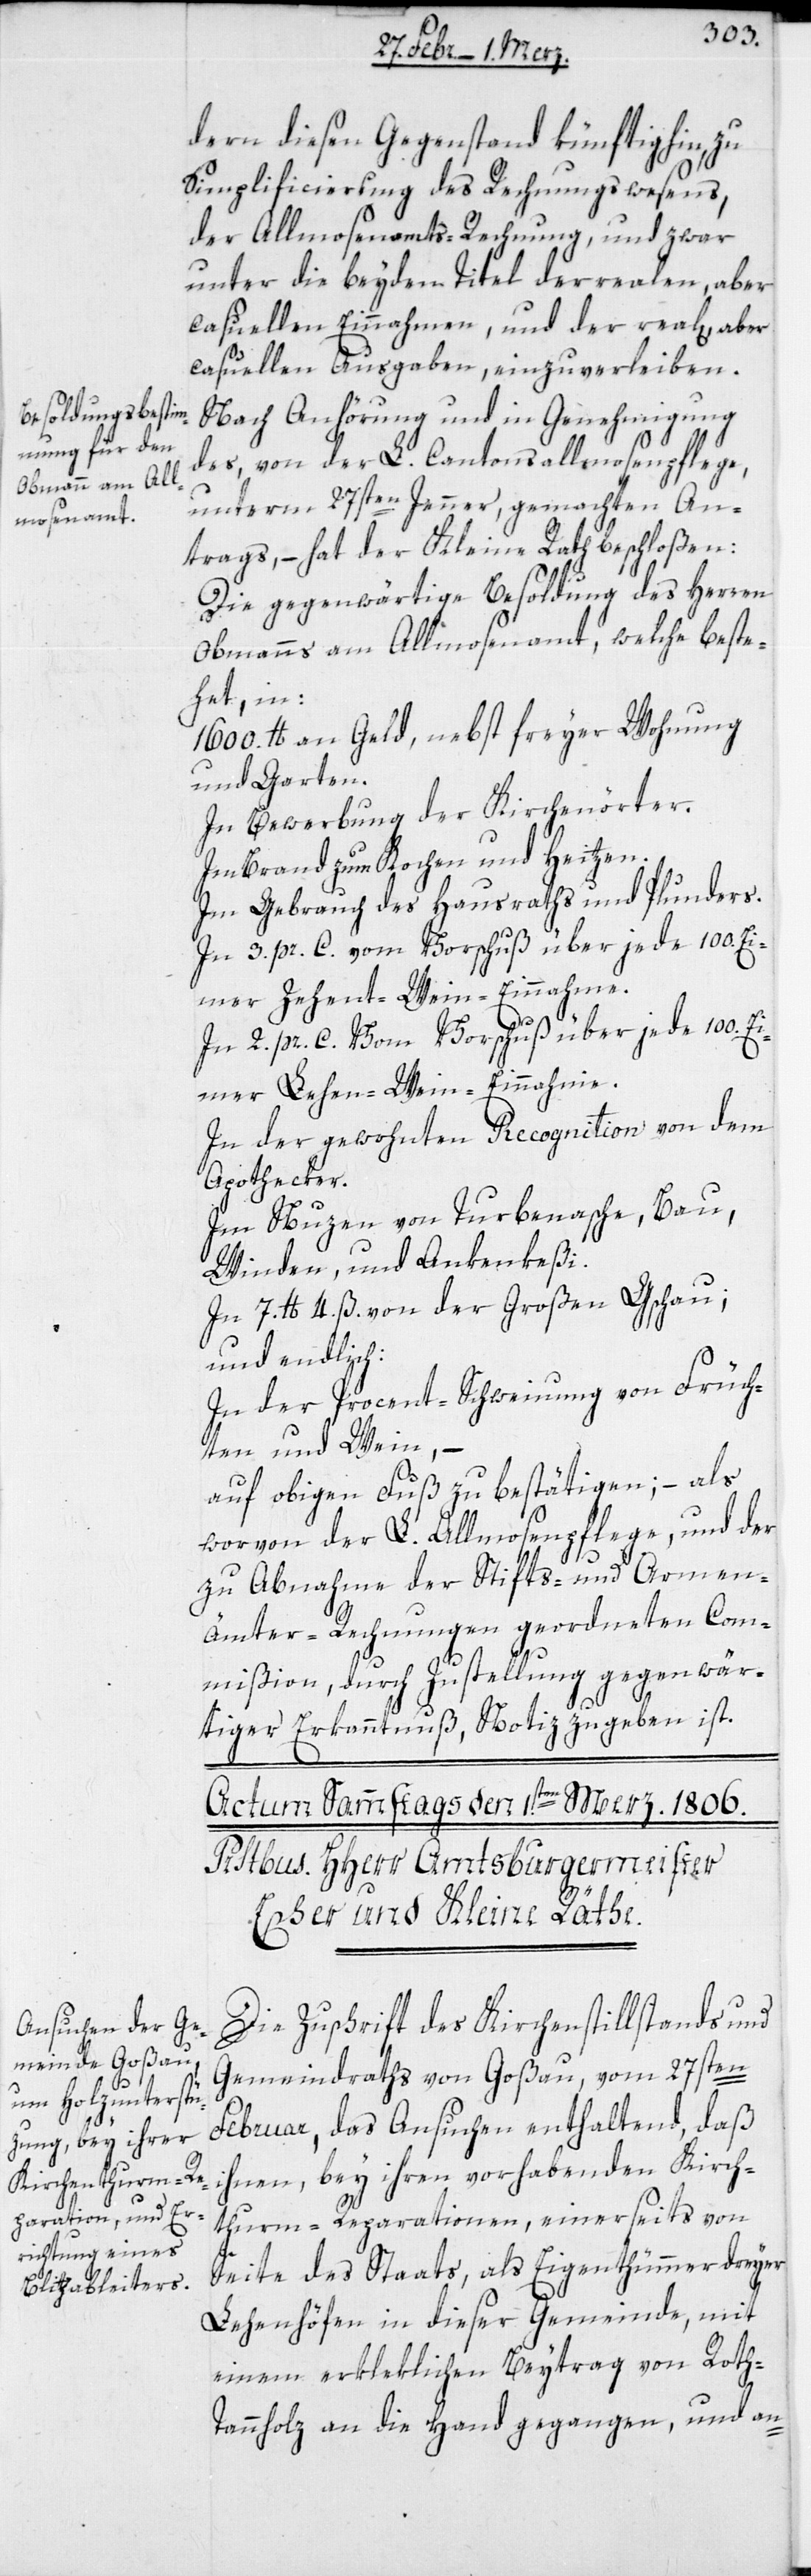
dern diesen Gegenstand künftighin, zu
Simplificierung des Rechnungswesens,
der Allmosenamts-Rechnung, und zwar
unter die beyden Titel der realen, aber
casuellen Einnahmen, und der real[en], aber
casuellen Ausgaben, einzuverleiben.
Nach Anhörung und in Genehmigung
des, von der L. Cantonsallmosenpflege,
unterm 27sten Jenner, gemachten An¬
trags, – hat der Kleine Rath beschloßen:
Die gegenwärtige Besoldung des Herren
Obmanns am Allmosenamt, welche beste¬
het in:
1600. lb. an Geld, nebst freyer Wohnung
und Garten.
In Bewerbung der Kirchenörter.
Im Brand zum Kochen und Heitzen.
Im Gebrauch des Hausraths und Plunders.
In 3. pr. C. vom Vorschuß über jede 100. Ei¬
mer Zehent-Wein-Einnahme.
In 2. pr. C. Vom Vorschuß über jede 100. E¬
imer Lehen-Wein-Einnahme.
In der gewohnten Recognition von dem
Apothecker.
Im Nuzen von Turbenasche, Bau,
Winden, und Ankenkeßi.
In 7. lb. 4. ß. von der Großen Gschau;
und endlich:
In der Procent-Schweinung von Früch¬
ten und Wein, –
auf obigen Fuß zu bestätigen; als
worvon der L. Allmosenpflege, und der
zu Abnahme der Stifts- und Armen-Ä¬
mter-Rechnungen geordneten Com¬
mißion, durch Zustellung gegenwär¬
tiger Erkanntnuß, Notiz zu geben ist.
Die Zuschrift des Kirchenstillstands und
Gemeindraths von Goßau, vom 27sten
Februar, das Ansuchen enthaltend, daß
ihnen, bey ihren vorhabenden Kirch¬
thurm-Reparationen, einerseits von
Seite des Staats, als Eigenthümmer dreyer
Lehenhöfen in dieser Gemeinde, mit
einem erkleklichen Beytrag von Rot¬
h-Tannholz an die Hand gegangen, und an-